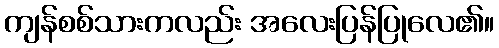
ကျန်စစ်သားကလည်း အလေးပြန်ပြုလေ၏။